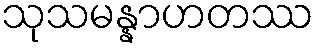
သုသမန္နာဟတဿ